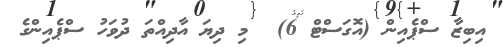
އިބިޒާ ސްޕެއިން (އޮގަސްޓް 6)  މި ދިޔަ އާދިއްތަ ދުވަހު ސްޕެއިންގެ